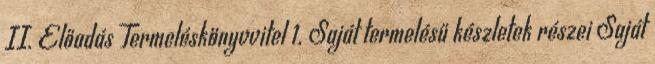
II. Előadás Termeléskönyvvitel 1. Saját termelésű készletek részei Saját